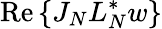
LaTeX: \operatorname{Re}{\{ J_{N}L_{N}^{*}w\} }